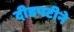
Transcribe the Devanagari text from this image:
दीडपटीने